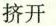
挤开